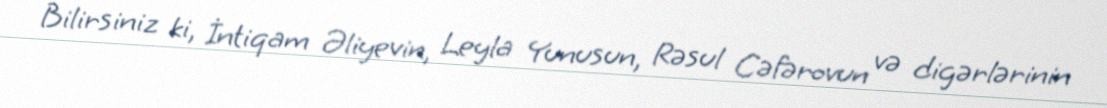
Bilirsiniz ki, İntiqam Əliyevin, Leyla Yunusun, Rəsul Cəfərovun və digərlərinin